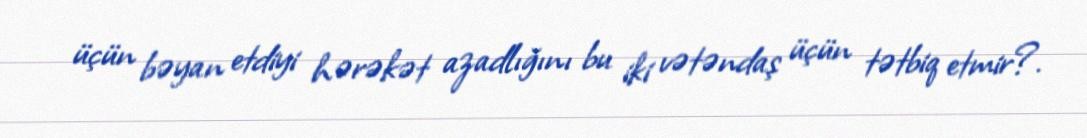
üçün bəyan etdiyi hərəkət azadlığını bu iki vətəndaş üçün tətbiq etmir?.